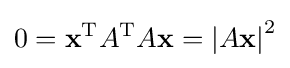
0=\mathbf {x} ^{\mathrm {T} }A^{\mathrm {T} }A\mathbf {x} =\left|A\mathbf {x} \right|^{2}